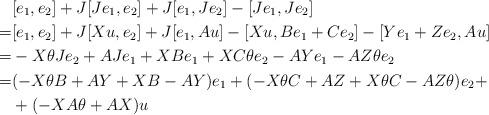
LaTeX: \begin{align*}& [e_1,e_2]+J[Je_1,e_2] + J[e_1,Je_2]-[Je_1,Je_2] & \\=&[e_1,e_2]+J[Xu,e_2] + J[e_1,Au]-[Xu,Be_1+Ce_2]-[Ye_1+Ze_2,Au] & \\ =&-X\theta J e_2+AJe_1+XBe_1+XC\theta e_2 -AYe_1-AZ\theta e_2 & \\=&(-X\theta B+AY+XB-AY)e_1+(-X\theta C+AZ+X\theta C-AZ\theta)e_2+ \\&+(-XA\theta+AX )u\end{align*}